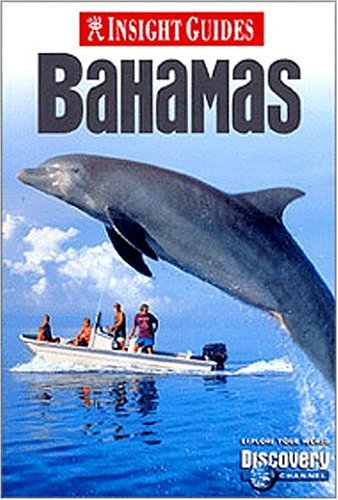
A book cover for Bahamas (Insight Guide Bahamas); Insight Guides; Travel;